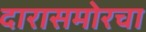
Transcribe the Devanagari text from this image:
दारासमोरचा